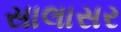
સાલાસર